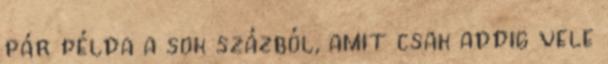
pár példa a sok százból, amit csak addig vele